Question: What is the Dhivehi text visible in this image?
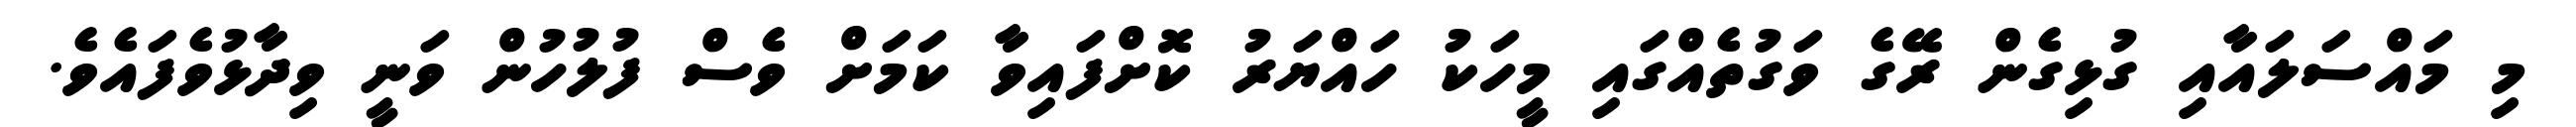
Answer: މި މައްސަލައާއި ގުޅިގެން ރޭގެ ވަގުތެއްގައި މީހަކު ހައްޔަރު ކޮށްފައިވާ ކަމަށް ވެސް ފުލުހުން ވަނީ ވިދާޅުވެފައެވެ.